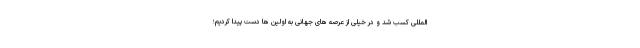
المللی کسب شد و در خیلی از عرصه های جهانی به اولین ها دست پیدا کردیم؛